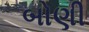
બોણી